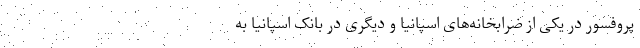
پروفسور در یکی از ضرابخانه‌های اسپانیا و دیگری در بانک اسپانیا به